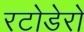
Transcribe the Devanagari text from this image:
रटोडेरो